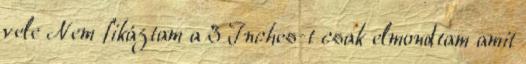
vele Nem fikáztam a 3 Inches-t csak elmondtam amit